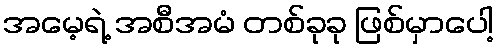
အမေ့ရဲ့ အစီအမံ တစ်ခုခု ဖြစ်မှာပေါ့